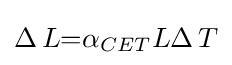
\Delta \,L{=}\alpha \,\!_{CET}L\Delta \,T